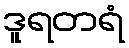
ဒူရတရံ